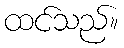
ထင်သည်။